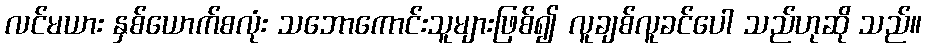
လင်မယား နှစ်ယောက်စလုံး သဘောကောင်းသူများဖြစ်၍ လူချစ်လူခင်ပေါ သည်ဟုဆို သည်။